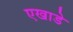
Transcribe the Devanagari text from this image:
एखाडे